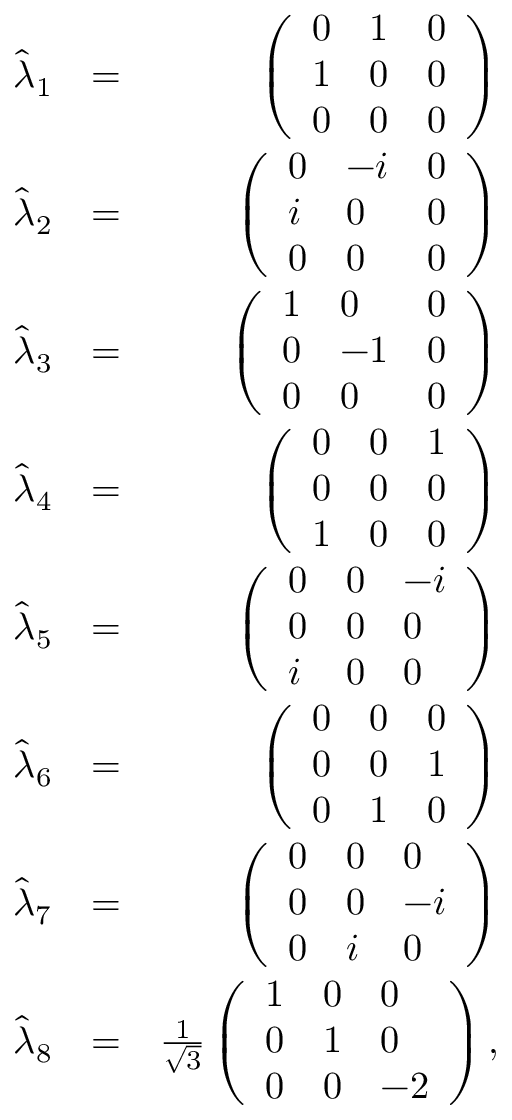
\begin{array} { r l r } { \hat { \lambda } _ { 1 } } & { = } & { \left( \begin{array} { l l l } { 0 } & { 1 } & { 0 } \\ { 1 } & { 0 } & { 0 } \\ { 0 } & { 0 } & { 0 } \end{array} \right) } \\ { \hat { \lambda } _ { 2 } } & { = } & { \left( \begin{array} { l l l } { 0 } & { - i } & { 0 } \\ { i } & { 0 } & { 0 } \\ { 0 } & { 0 } & { 0 } \end{array} \right) } \\ { \hat { \lambda } _ { 3 } } & { = } & { \left( \begin{array} { l l l } { 1 } & { 0 } & { 0 } \\ { 0 } & { - 1 } & { 0 } \\ { 0 } & { 0 } & { 0 } \end{array} \right) } \\ { \hat { \lambda } _ { 4 } } & { = } & { \left( \begin{array} { l l l } { 0 } & { 0 } & { 1 } \\ { 0 } & { 0 } & { 0 } \\ { 1 } & { 0 } & { 0 } \end{array} \right) } \\ { \hat { \lambda } _ { 5 } } & { = } & { \left( \begin{array} { l l l } { 0 } & { 0 } & { - i } \\ { 0 } & { 0 } & { 0 } \\ { i } & { 0 } & { 0 } \end{array} \right) } \\ { \hat { \lambda } _ { 6 } } & { = } & { \left( \begin{array} { l l l } { 0 } & { 0 } & { 0 } \\ { 0 } & { 0 } & { 1 } \\ { 0 } & { 1 } & { 0 } \end{array} \right) } \\ { \hat { \lambda } _ { 7 } } & { = } & { \left( \begin{array} { l l l } { 0 } & { 0 } & { 0 } \\ { 0 } & { 0 } & { - i } \\ { 0 } & { i } & { 0 } \end{array} \right) } \\ { \hat { \lambda } _ { 8 } } & { = } & { \frac { 1 } { \sqrt { 3 } } \left( \begin{array} { l l l } { 1 } & { 0 } & { 0 } \\ { 0 } & { 1 } & { 0 } \\ { 0 } & { 0 } & { - 2 } \end{array} \right) , } \end{array}